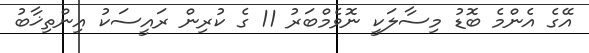
އޭގެ އެންމެ ބޮޑު މިސާލަކީ ނޮވެމްބަރު 11 ގެ ކުރިން ރައީސަކު އިންތިޚާބު